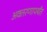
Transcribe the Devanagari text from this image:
अवतरणापर्यंत